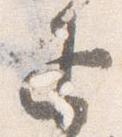
返